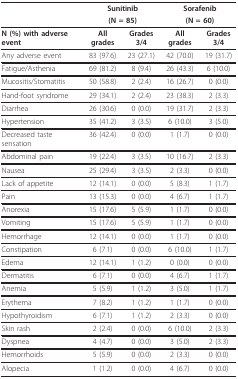
<table><thead><tr><td></td><td colspan="2"><b>Sunitinib</b></td><td colspan="2"><b>Sorafenib</b></td></tr><tr><td></td><td colspan="2"><b>(N = 85)</b></td><td colspan="2"><b>(N = 60)</b></td></tr></thead><tbody><tr><td><b>N (%) with adverse event</b></td><td><b>All grades</b></td><td><b>Grades 3/4</b></td><td><b>All grades</b></td><td><b>Grades 3/4</b></td></tr><tr><td>Any adverse event</td><td>83 (97.6)</td><td>23 (27.1)</td><td>42 (70.0)</td><td>19 (31.7)</td></tr><tr><td>Fatigue/Asthenia</td><td>69 (81.2)</td><td>8 (9.4)</td><td>26 (43.3)</td><td>6 (10.0)</td></tr><tr><td>Mucositis/Stomatitis</td><td>50 (58.8)</td><td>2 (2.4)</td><td>16 (26.7)</td><td>0 (0.0)</td></tr><tr><td>Hand-foot syndrome</td><td>29 (34.1)</td><td>2 (2.4)</td><td>23 (38.3)</td><td>2 (3.3)</td></tr><tr><td>Diarrhea</td><td>26 (30.6)</td><td>0 (0.0)</td><td>19 (31.7)</td><td>2 (3.3)</td></tr><tr><td>Hypertension</td><td>35 (41.2)</td><td>3 (3.5)</td><td>6 (10.0)</td><td>3 (5.0)</td></tr><tr><td>Decreased taste sensation</td><td>36 (42.4)</td><td>0 (0.0)</td><td>1 (1.7)</td><td>0 (0.0)</td></tr><tr><td>Abdominal pain</td><td>19 (22.4)</td><td>3 (3.5)</td><td>10 (16.7)</td><td>2 (3.3)</td></tr><tr><td>Nausea</td><td>25 (29.4)</td><td>3 (3.5)</td><td>2 (3.3)</td><td>0 (0.0)</td></tr><tr><td>Lack of appetite</td><td>12 (14.1)</td><td>0 (0.0)</td><td>5 (8.3)</td><td>1 (1.7)</td></tr><tr><td>Pain</td><td>13 (15.3)</td><td>0 (0.0)</td><td>4 (6.7)</td><td>1 (1.7)</td></tr><tr><td>Anorexia</td><td>15 (17.6)</td><td>5 (5.9)</td><td>1 (1.7)</td><td>0 (0.0)</td></tr><tr><td>Vomiting</td><td>15 (17.6)</td><td>5 (5.9)</td><td>1 (1.7)</td><td>0 (0.0)</td></tr><tr><td>Hemorrhage</td><td>12 (14.1)</td><td>0 (0.0)</td><td>1 (1.7)</td><td>0 (0.0)</td></tr><tr><td>Constipation</td><td>6 (7.1)</td><td>0 (0.0)</td><td>6 (10.0)</td><td>1 (1.7)</td></tr><tr><td>Edema</td><td>12 (14.1)</td><td>1 (1.2)</td><td>0 (0.0)</td><td>0 (0.0)</td></tr><tr><td>Dermatitis</td><td>6 (7.1)</td><td>0 (0.0)</td><td>4 (6.7)</td><td>1 (1.7)</td></tr><tr><td>Anemia</td><td>5 (5.9)</td><td>1 (1.2)</td><td>3 (5.0)</td><td>1 (1.7)</td></tr><tr><td>Erythema</td><td>7 (8.2)</td><td>1 (1.2)</td><td>1 (1.7)</td><td>0 (0.0)</td></tr><tr><td>Hypothyroidism</td><td>6 (7.1)</td><td>1 (1.2)</td><td>2 (3.3)</td><td>0 (0.0)</td></tr><tr><td>Skin rash</td><td>2 (2.4)</td><td>0 (0.0)</td><td>6 (10.0)</td><td>2 (3.3)</td></tr><tr><td>Dyspnea</td><td>4 (4.7)</td><td>0 (0.0)</td><td>3 (5.0)</td><td>2 (3.3)</td></tr><tr><td>Hemorrhoids</td><td>5 (5.9)</td><td>0 (0.0)</td><td>2 (3.3)</td><td>0 (0.0)</td></tr><tr><td>Alopecia</td><td>1 (1.2)</td><td>0 (0.0)</td><td>4 (6.7)</td><td>0 (0.0)</td></tr></tbody></table>